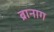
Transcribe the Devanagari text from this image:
ब्रानाग